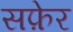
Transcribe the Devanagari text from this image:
सफ़ेर